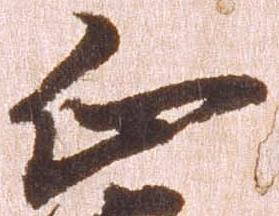
正